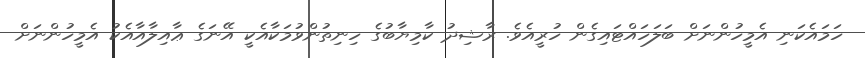
ހަމައެކަނި އެމީހުންނަށް ބަލަހައްޓައިގެން ހުރީއެވެ. ރާޝިދު ކާމިޔާބުގެ ހިނިތުންވުމަކާއެކީ އޭނަގެ ޢާއިލާއާއެކު އެމީހުންނަށް